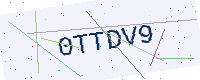
Text: 0TTDV9